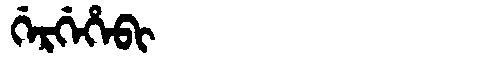
Manchu: ᡤᡝᡵᡤᡝᡥᡝᠪᡳ
Romanization: GERGEHEBI